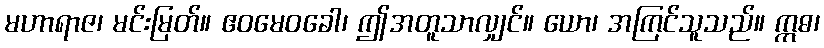
မဟာရာဇ၊ မင်းမြတ်။ ဧဝမေဝခေါ၊ ဤအတူသာလျှင်။ ယော၊ အကြင်သူသည်။ ဣဓ၊